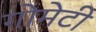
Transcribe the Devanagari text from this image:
गोमेटी